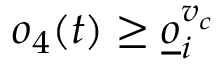
o _ { 4 } ( t ) \geq \underline { o } _ { i } ^ { v _ { c } }